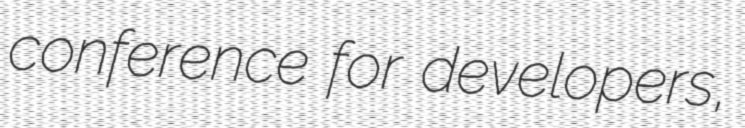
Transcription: conference for developers,